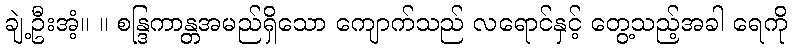
ချဲ့ဦးအံ့။ ။ စန္ဒြကာန္တအမည်ရှိသော ကျောက်သည် လရောင်နှင့် တွေ့သည့်အခါ ရေကို